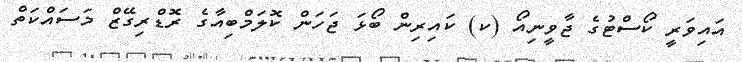
އައިވަރީ ކޯސްޓުގެ ޖާވީނިއޯ (ކ) ކައިރިން ބޯޅަ ޖަހަން ކޮލަމްބިއާގެ ރޮޑްރިގޭޒް މަސައްކަތް